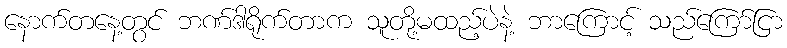
နောက်တနေ့တွင် ဘဏ်ဒါရိုက်တာက သူတို့မထည့်ပဲနဲ့ ဘာကြောင့် သည်ကြော်ငြာ